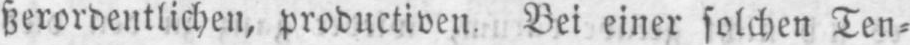
ßerordentlichen, productiven. Bei einer solchen Ten⸗